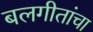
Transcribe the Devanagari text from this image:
बलगीतांचा